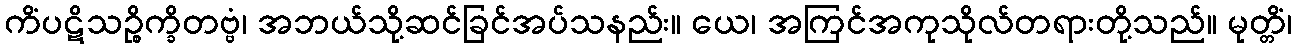
ကိံပဋိသဉ္စိက္ခိတဗ္ဗံ၊ အဘယ်သို့ဆင်ခြင်အပ်သနည်း။ ယေ၊ အကြင်အကုသိုလ်တရားတို့သည်။ မုတ္တိံ၊